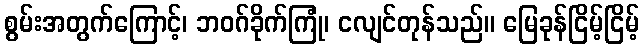
စွမ်းအတွက်ကြောင့်၊ ဘဝဂ်ခိုက်ကြုံ၊ ငလျင်တုန်သည်။ မြေခုန်ငြိမ့်ငြိမ့်